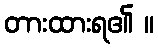
တားထားရ၏ ။